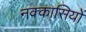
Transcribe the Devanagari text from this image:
नक्‍कासियों